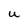
Character: U